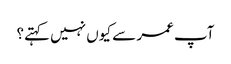
آپ عمر سے کیوں نہیں کہتے؟